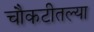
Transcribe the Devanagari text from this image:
चौकटीतल्या